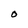
Character: O